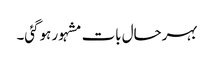
بہرحال بات مشہور ہوگئی۔